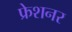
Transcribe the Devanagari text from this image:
फ्रेशनर